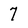
Character: 7